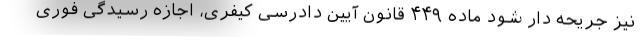
نیز جریحه دار شود ماده ۴۴۹ قانون آیین دادرسی کیفری، اجازه رسیدگی فوری